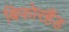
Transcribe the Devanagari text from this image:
बिफोरहैंड